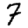
Digit: 7